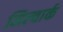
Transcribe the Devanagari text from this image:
मिल्वार्क